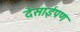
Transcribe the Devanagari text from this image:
देसाईपण